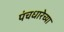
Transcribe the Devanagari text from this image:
पंचधारेच्या